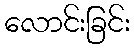
လောင်းခြင်း